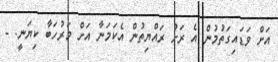
އަށް ވަޑައިގަތުމުން އެ ރަށު ރައްޔިތުން އެކަމަނާ އަށް މަރުހަބާ ކިޔަނީ. -